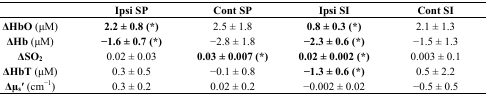
<table><thead><tr><td></td><td><b>Ipsi SP</b></td><td><b>Cont SP</b></td><td><b>Ipsi SI</b></td><td><b>Cont SI</b></td></tr></thead><tbody><tr><td><b>ΔHbO</b> (μM)</td><td><b>2.2 ± 0.8 (*) </b></td><td>2.5 ± 1.8</td><td><b>0.8 ± 0.3 (*)</b></td><td>2.1 ± 1.3</td></tr><tr><td><b>ΔHb</b> (μM)</td><td><b>−1.6 ± 0.7 (*)</b></td><td>−2.8 ± 1.8</td><td><b>−2.3 ± 0.6 (*)</b></td><td>−1.5 ± 1.3</td></tr><tr><td><b>ΔSO<sub>2</sub></b></td><td>0.02 ± 0.03</td><td><b>0.03 ± 0.007 (*)</b></td><td><b>0.02 ± 0.002 (*)</b></td><td>0.003 ± 0.1</td></tr><tr><td><b>ΔHbT</b> (μM)</td><td>0.3 ± 0.5</td><td>−0.1 ± 0.8</td><td><b>−1.3 ± 0.6 (*)</b></td><td>0.5 ± 2.2</td></tr><tr><td><b>Δμ<sub>s</sub>′</b> (cm<sup>−1</sup>)</td><td>0.3 ± 0.2</td><td>0.02 ± 0.2</td><td>−0.002 ± 0.02</td><td>−0.5 ± 0.5</td></tr></tbody></table>